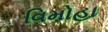
વિમોહા